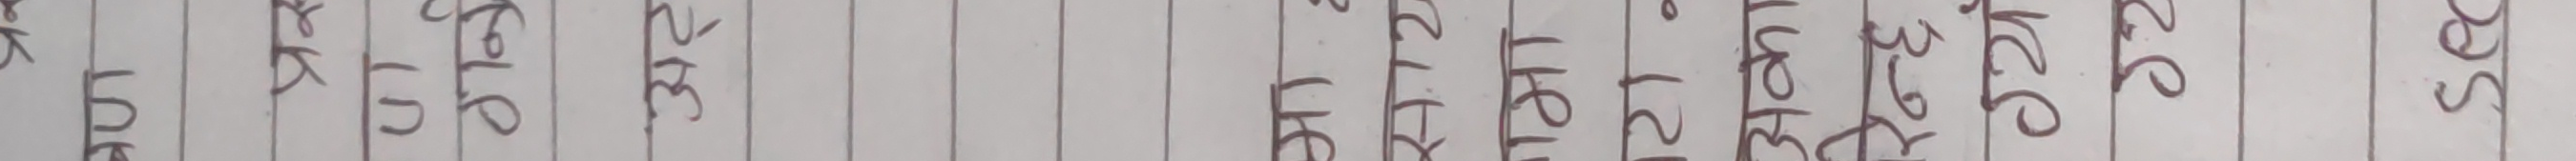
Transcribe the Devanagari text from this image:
मा लाख ग्रेड शेर लाईक मिटर इन्च फीट सेकेन्ड